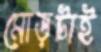
মোড়টাই